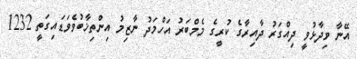
އޭނާ ވިދާޅުވީ ދިއްގަރު ދާއިރާގެ ކުރީގެ މެމްބަރު އަހްމަދު ނާޒިމު އިންތިޚާބުވެވަޑައިގަތީ 1232